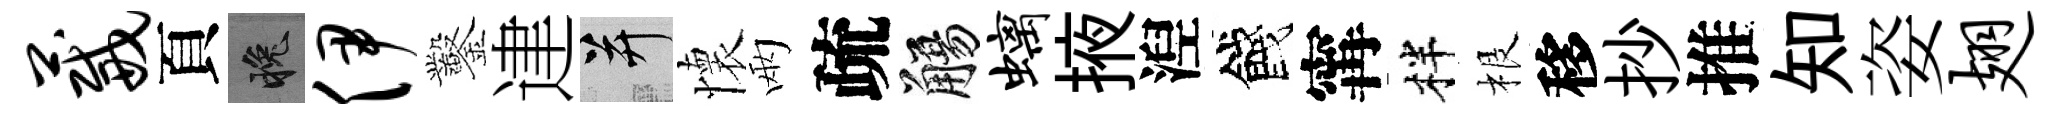
葳頁晚伊鑿䢖并懷兩疏觴螭掖湼餞𡩋柈根移抄推知姿翅